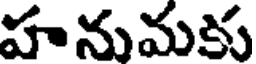
హనుమకు